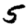
Digit: 5